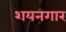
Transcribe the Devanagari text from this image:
शयनगार